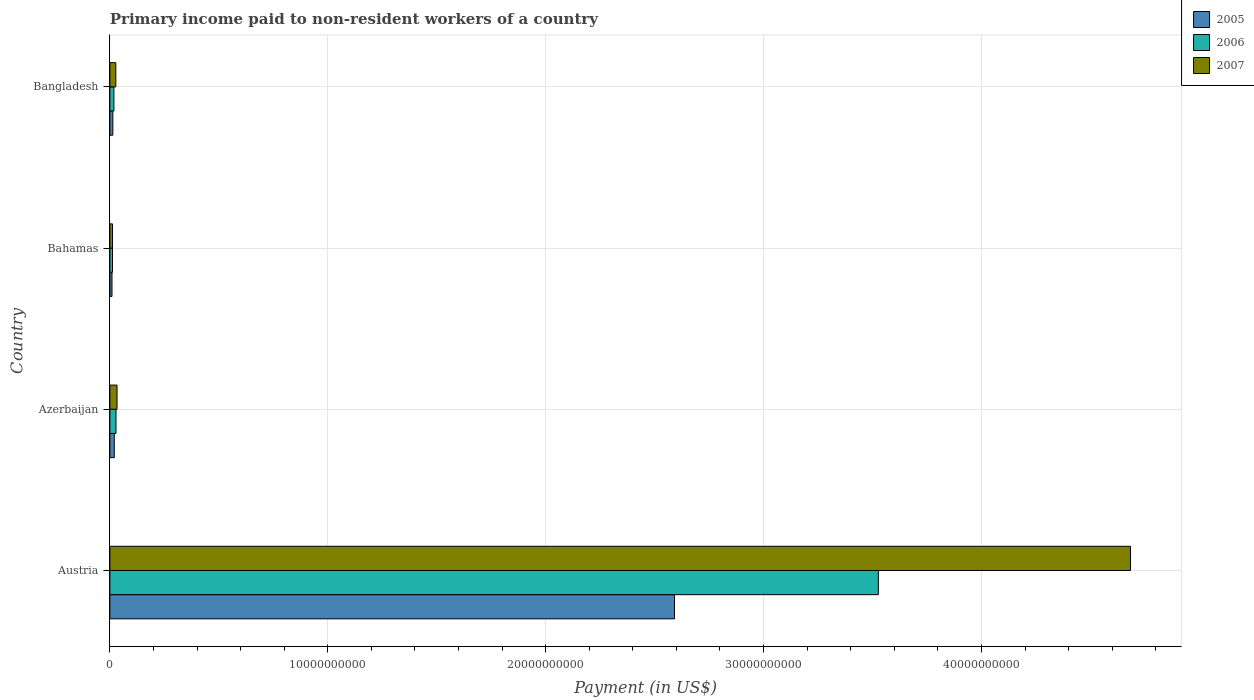
| Country | 2005 | 2006 | 2007 |
 | --- | --- | --- | --- |
 | Austria | 2.59e+10 | 3.53e+10 | 4.68e+10 |
 | Azerbaijan | 2.02e+08 | 2.8e+08 | 3.28e+08 |
 | Bahamas | 9.7e+07 | 1.19e+08 | 1.21e+08 |
 | Bangladesh | 1.35e+08 | 1.84e+08 | 2.72e+08 |